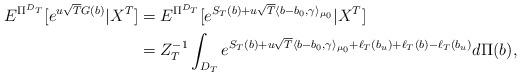
LaTeX: \begin{align*}E^{\Pi^{D_T}}[e^{u\sqrt{T}G(b)} |X^{T}] & = E^{\Pi^{D_T}}[e^{S_T(b) + u\sqrt{T} \langle b-b_0,\gamma\rangle_{\mu_0} } |X^{T}] \\& = Z_T^{-1} \int_{D_T} e^{S_T(b) + u\sqrt{T}\langle b-b_{0},\gamma \rangle_{\mu_0} + \ell_T(b_u) + \ell_T(b)-\ell_T(b_u)} d\Pi(b),\end{align*}